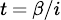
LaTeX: \scriptstyle t\, =\, \beta/i